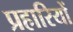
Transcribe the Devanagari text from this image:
प्रहारियों